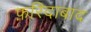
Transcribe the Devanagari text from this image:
फ़रिदाबाद